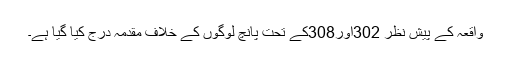
واقعہ کے پیش نظر 302اور308کے تحت پانچ لوگوں کے خلاف مقدمہ درج کیا گیا ہے۔